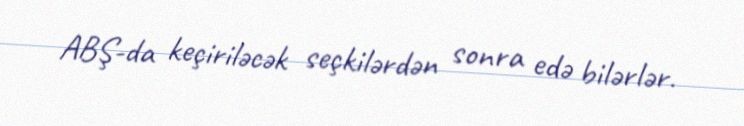
ABŞ-da keçiriləcək seçkilərdən sonra edə bilərlər.